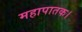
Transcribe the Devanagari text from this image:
महापातक।